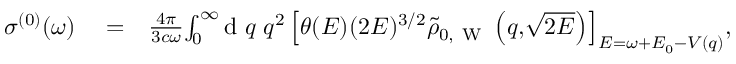
\begin{array} { r l r } { \sigma ^ { ( 0 ) } ( \omega ) } & { { } = } & { \frac { 4 \pi } { 3 c \omega } \! \int _ { 0 } ^ { \infty } \! \! \ensuremath { \mathrm { ~ d ~ } } q \; q ^ { 2 } \left[ \theta ( E ) ( 2 E ) ^ { 3 / 2 } \tilde { \rho } _ { 0 , \mathrm { ~ W ~ } } \left( q , \! \sqrt { 2 E } \right) \right] _ { E = \omega + E _ { 0 } - V ( q ) } \! , } \end{array}